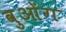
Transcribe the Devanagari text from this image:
वुओंग